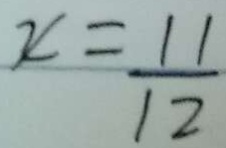
x = \frac { 1 1 } { 1 2 }